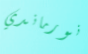
نورماندي